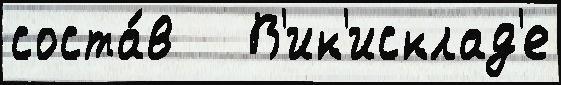
соста́в   В'ик'исклад'е